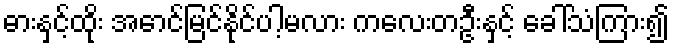
ဓားနှင့်ထိုး အောင်မြင်နိုင်ပါ့မလား ကလေးတဦးနှင့် ခေါ်သံကြား၍